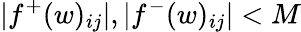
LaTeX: |f^{+}(w)_{ij}|,|f^{-}(w)_{ij}|<M